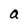
Character: a